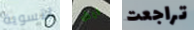
لتسوية ليش تراجعت